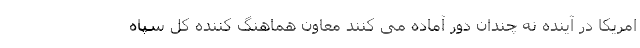
امریکا در آینده نه چندان دور آماده می کنند معاون هماهنگ کننده کل سپاه